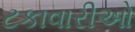
ટકાવારીઓ